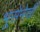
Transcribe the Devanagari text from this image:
भूसेनेची